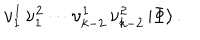
LaTeX: \nu _ { 1 } ^ { 1 } \, \nu _ { 1 } ^ { 2 } \cdots \nu _ { k - 2 } ^ { 1 } \, \nu _ { k - 2 } ^ { 2 } \, \vert \Phi \rangle \, .